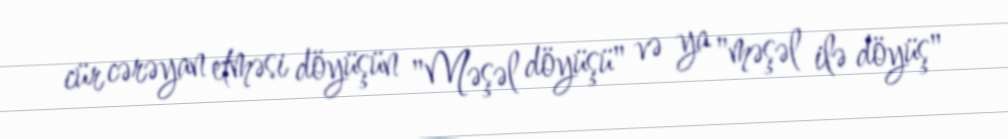
cür cərəyan etməsi döyüşün "Məşəl döyüşü" və ya "məşəl ilə döyüş"